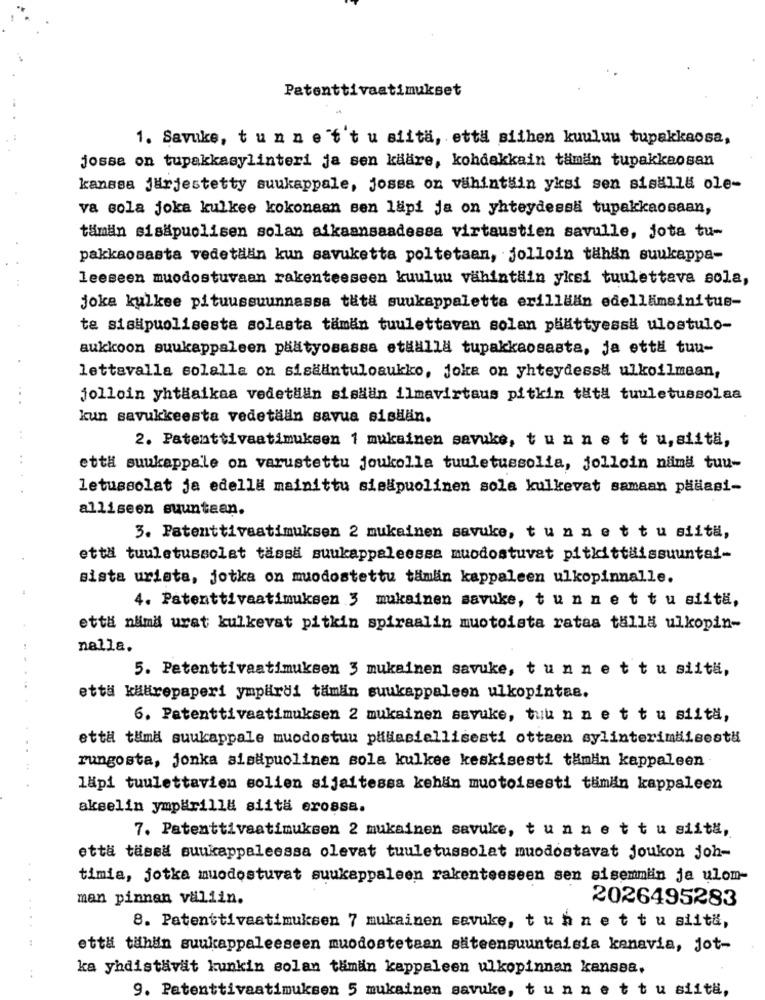
Patenttivaatimukset
1. Savuke, tunne't'tu siita, etta siihen kuuluu tupakkaosa,
josse on tupakkasylinteri ja sen käare, kohdakkain tämän tupakkeosan
kanssa järjestetty suukappale, jossa on vahintsin yksi sen sisalla ole-
va sola joka kulkee kokonaan sen lapi ja on yhteydessä tupakkaosaan,
tämän sisapuolisen solan aikaansaadessa virtaustien savulle, jota tu-
pakkaosasta vedetlän kun savuketta poltetaan, jolloin tähän suukappa-
leeseen muodostuvaan rakenteeseen kuuluu vähintHin yksi tuulettava sola,
joka kulkee pituussuunnassa tät# suukappaletta erillään edellamainitus-
ta sis#puolisesta solasta taman tuulettaven solan plattyessa ulostulo-
aukkoon suukappaleen päätyosassa etHalla tupakkaosasta, ja ett# tuu-
lettavalla solalla on sisädintuloaukko, joka on yhteydessä ulkoilmaan,
jolloin yhtäaikaa vedetHan sisaan ilmavirtaus pitkin tata tuuletussolaa
kun savukkeesta vedetään savua sisäläin.
2. Patenttivaatimuksen 1 mukainen savuke, t un net tu, siitä,
ett# suukappale on varustettu joukolla tuuletussolia, jolloin nima tuu-
letussolat ja edella mainittu sielpuolinen sola kulkevat samaan pädasi-
alliseen suuntaan.
3. Patenttiveatimuksen 2 mukainen savuke, t un net tu siita,
etta tuuletussolat tassa suukappaleessa muodostuvat pitkittäissuuntai-
sista urista, jotka on muodostettu taman kappaleen ulkopinnalle.
4. Patenttivaatimuksen 3 mukainen savuke, t u n net tu siitä,
että nämä urat kulkevat pitkin spiraalin muotoista ratas talla ulkopin-
nalla.
5. Patenttivaatimuksen 3 mukainen savuke, t un net tu siitä,
etta kälirepaperi ympärdi tämän suukappaleen ulkopintae.
6. Patenttivaatimuksen 2 mukainen savuke, tuu n n et tu siitä,
että tuma suukappale muodostuu pilasiellisesti ottaen sylinterimdiisestä
rungosta, jonka sisäpuolinen sola kulkee keskisesti tamlin kappaleen
läpi tuulettavien solien sijaitessa kehän muotoisesti tämän kappaleen
akselin ympärilla siitä erossa.
7. Patenttivaatimuksen 2 mukainen savuke, t un net tu siit#,
etta tassa suukappeleessa olevat tuuletussolat muodostavat joukon joh-
timia, jotka muodostuvat suukappaleen rakenteeseen sen sisemmiin ja ulom-
..
man pinnan valiin.
2026495283
8. Patenttivaatimuksen 7 mukainen savuke, t un net tu siitä,
että tähän suukappaleeseen muodostetaan säteensuuntaisia kenavia, jot-
ka yhdistävät kunkin solan tämän kappaleen ulkopinnan kansaa.
9. Patenttivaatimuksen 5 mukainen savuke, t un net tu siitä,